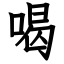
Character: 喝